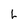
Character: L